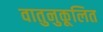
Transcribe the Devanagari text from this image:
वातुनुकूलित